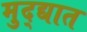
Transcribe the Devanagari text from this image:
मुद्द्यात